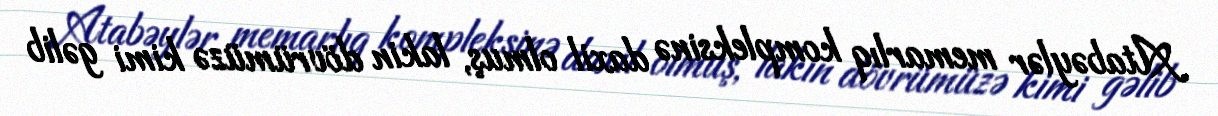
Atabəylər memarlıq kompleksinə daxil olmuş, lakin dövrümüzə kimi gəlib